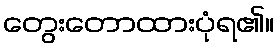
တွေးတောထားပုံရ၏။